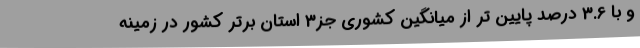
و با 3.6 درصد پایین تر از میانگین کشوری جز3 استان برتر کشور در زمینه